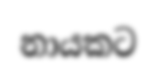
නායකට